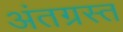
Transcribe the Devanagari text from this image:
अंतग्रस्त